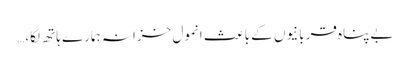
بےپناہ قربانیوں کے باعث انمول خزانہ ہمارے ہاتھ لگا،…